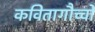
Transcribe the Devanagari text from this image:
कवितागौच्चो